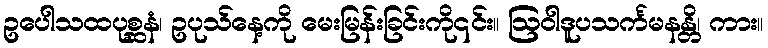
ဥပေါသထပုစ္ဆနံ၊ ဥပုသ်နေ့ကို မေးမြန်းခြင်းကို၎င်း။ ဩဝါဒူပသင်္ကမနန္တိ၊ ကား။